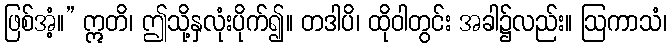
ဖြစ်အံ့။” ဣတိ၊ ဤသို့နှလုံးပိုက်၍။ တဒါပိ၊ ထိုဝါတွင်း အခါ၌လည်း။ ဩကာသံ၊